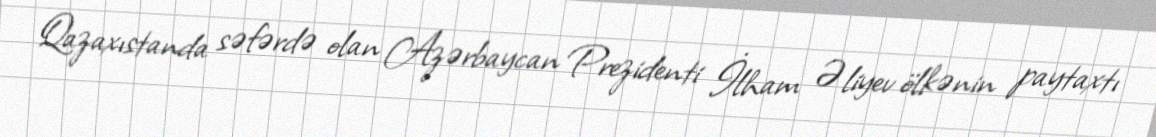
Qazaxıstanda səfərdə olan Azərbaycan Prezidenti İlham Əliyev ölkənin paytaxtı